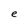
Character: e